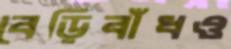
বেড়িবাঁধও